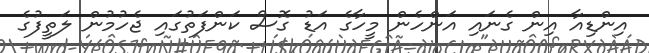
އިންޑިއާ އިން ގެނައި އަންހެން މީހާގެ އަޑު ގޮސް ކަންފަތުގައި ޖެހުމުން ލަތީފުގެ